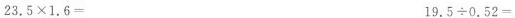
23.5×1.6= 19.5÷0.52=